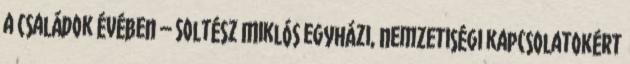
a Családok Évében – Soltész Miklós egyházi, nemzetiségi kapcsolatokért